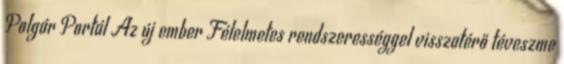
Polgár Portál Az új ember Félelmetes rendszerességgel visszatérő téveszme